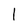
Character: l